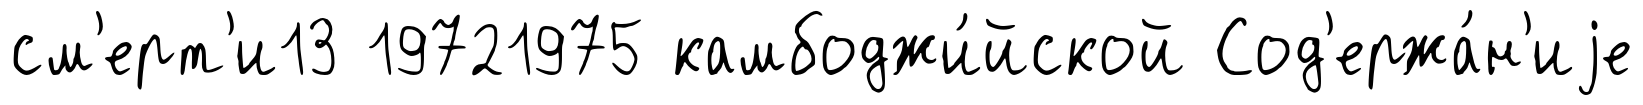
см'ерт'и13 19721975 камбоджи́йской Сод'ержа́н'иjе